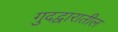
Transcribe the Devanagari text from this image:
गुदद्वारातील